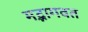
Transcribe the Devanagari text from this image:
मद्भागवत